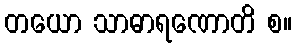
တယော သာဓာရဏောတိ စ။